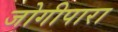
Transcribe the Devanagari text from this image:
जोगीपारा